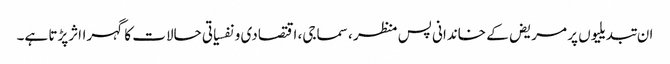
ان تبدیلیوں پر مریض کے خاندانی پس منظر ، سماجی، اقتصادی و نفسیاتی حالات کا گہرااثرپڑتا ہے۔